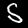
Label: 5